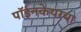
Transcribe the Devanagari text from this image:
पॉईनकेयरचा